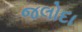
જલોદા